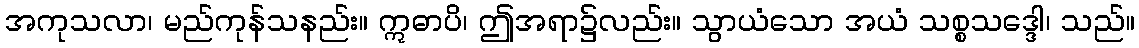
အကုသလာ၊ မည်ကုန်သနည်း။ ဣဓာပိ၊ ဤအရာ၌လည်း။ သွာယံသော အယံ သစ္စသဒ္ဒေါ၊ သည်။